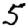
Digit: 5